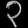
Digit: ၃